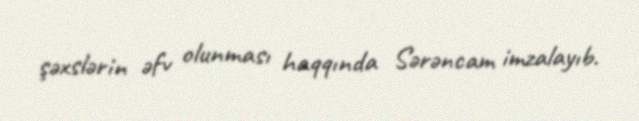
şəxslərin əfv olunması haqqında Sərəncam imzalayıb.